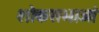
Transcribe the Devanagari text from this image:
शोकसभाओं